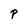
Character: P